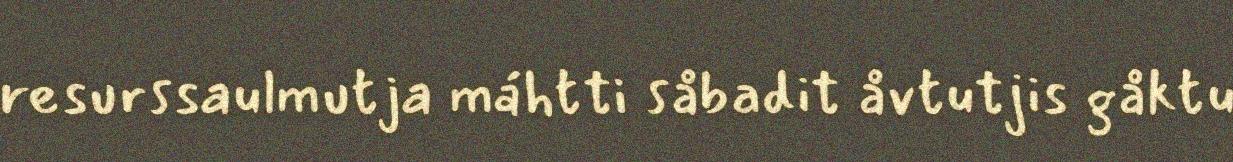
resurssaulmutja máhtti såbadit åvtutjis gåktu